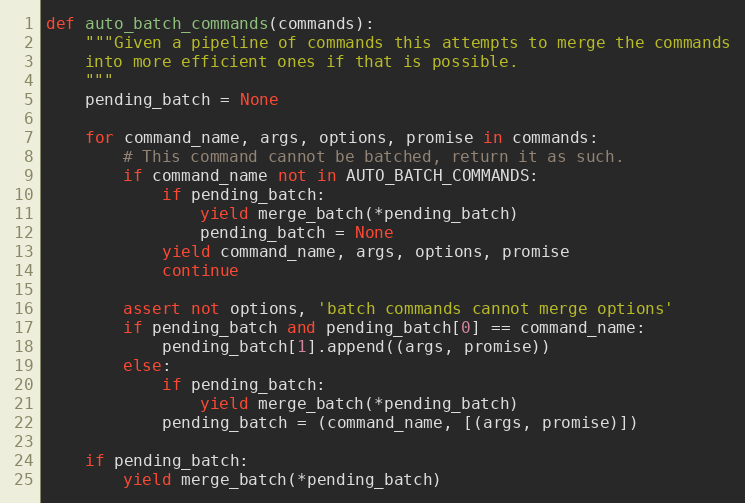
Language: Python
def auto_batch_commands(commands):
    """Given a pipeline of commands this attempts to merge the commands
    into more efficient ones if that is possible.
    """
    pending_batch = None

    for command_name, args, options, promise in commands:
        # This command cannot be batched, return it as such.
        if command_name not in AUTO_BATCH_COMMANDS:
            if pending_batch:
                yield merge_batch(*pending_batch)
                pending_batch = None
            yield command_name, args, options, promise
            continue

        assert not options, 'batch commands cannot merge options'
        if pending_batch and pending_batch[0] == command_name:
            pending_batch[1].append((args, promise))
        else:
            if pending_batch:
                yield merge_batch(*pending_batch)
            pending_batch = (command_name, [(args, promise)])

    if pending_batch:
        yield merge_batch(*pending_batch)